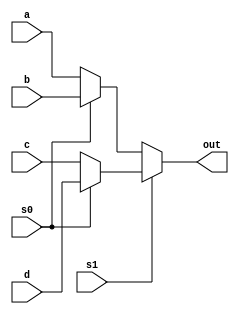
`timescale 1ns / 1ps
//////////////////////////////////////////////////////////////////////////////////
// Company: 
// Engineer: 
// 
// Design Name: 
// Module Name: multiplexer4x1
// Project Name: 
// Target Devices: 
// Tool Versions: 
// Description: 
// 
// Dependencies: 
// 
// Revision:
// Revision 0.01 - File Created
// Additional Comments:
// 
//////////////////////////////////////////////////////////////////////////////////

module multiplexer4x1 ( input a, input b, input c, input d, input s0, s1, output out);

assign out = s1 ? (s0 ? d : c) : (s0 ? b : a);

endmodule